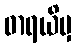
ဓာရယိမှ